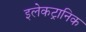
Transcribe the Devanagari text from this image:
इलेकट्रानिक